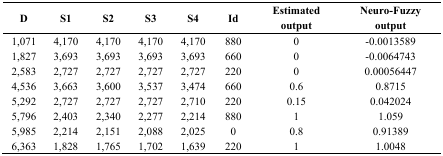
<table><thead><tr><td><b>D</b></td><td><b>S1</b></td><td><b>S2</b></td><td><b>S3</b></td><td><b>S4</b></td><td><b>Id</b></td><td><b>Estimated output</b></td><td><b>Neuro-Fuzzy output</b></td></tr></thead><tbody><tr><td>1,071</td><td>4,170</td><td>4,170</td><td>4,170</td><td>4,170</td><td>880</td><td>0</td><td>-0.0013589</td></tr><tr><td>1,827</td><td>3,693</td><td>3,693</td><td>3,693</td><td>3,693</td><td>660</td><td>0</td><td>-0.0064743</td></tr><tr><td>2,583</td><td>2,727</td><td>2,727</td><td>2,727</td><td>2,727</td><td>220</td><td>0</td><td>0.00056447</td></tr><tr><td>4,536</td><td>3,663</td><td>3,600</td><td>3,537</td><td>3,474</td><td>660</td><td>0.6</td><td>0.8715</td></tr><tr><td>5,292</td><td>2,727</td><td>2,727</td><td>2,727</td><td>2,710</td><td>220</td><td>0.15</td><td>0.042024</td></tr><tr><td>5,796</td><td>2,403</td><td>2,340</td><td>2,277</td><td>2,214</td><td>880</td><td>1</td><td>1.059</td></tr><tr><td>5,985</td><td>2,214</td><td>2,151</td><td>2,088</td><td>2,025</td><td>0</td><td>0.8</td><td>0.91389</td></tr><tr><td>6,363</td><td>1,828</td><td>1,765</td><td>1,702</td><td>1,639</td><td>220</td><td>1</td><td>1.0048</td></tr></tbody></table>